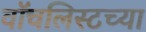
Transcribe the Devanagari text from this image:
वॉचलिस्टच्या